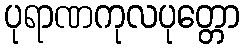
ပုရာဏကုလပုတ္တော